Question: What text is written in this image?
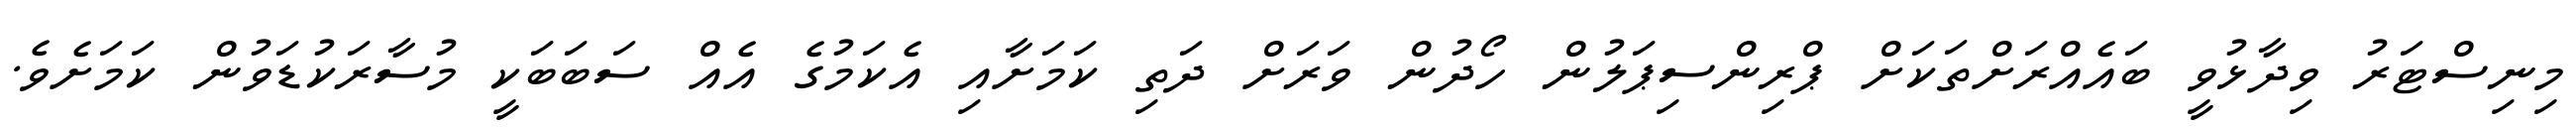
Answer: މިނިސްޓަރު ވިދާޅުވީ ބައެއްރަށްތަކަށް ޕްރިންސިޕަލުން ހޯދުން ވަރަށް ދަތި ކަމަށާއި އެކަމުގެ އެއް ސަބަބަކީ މުސާރަކުޑަވުން ކަމަށެވެ.